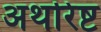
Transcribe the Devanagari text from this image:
अथरिष्ट